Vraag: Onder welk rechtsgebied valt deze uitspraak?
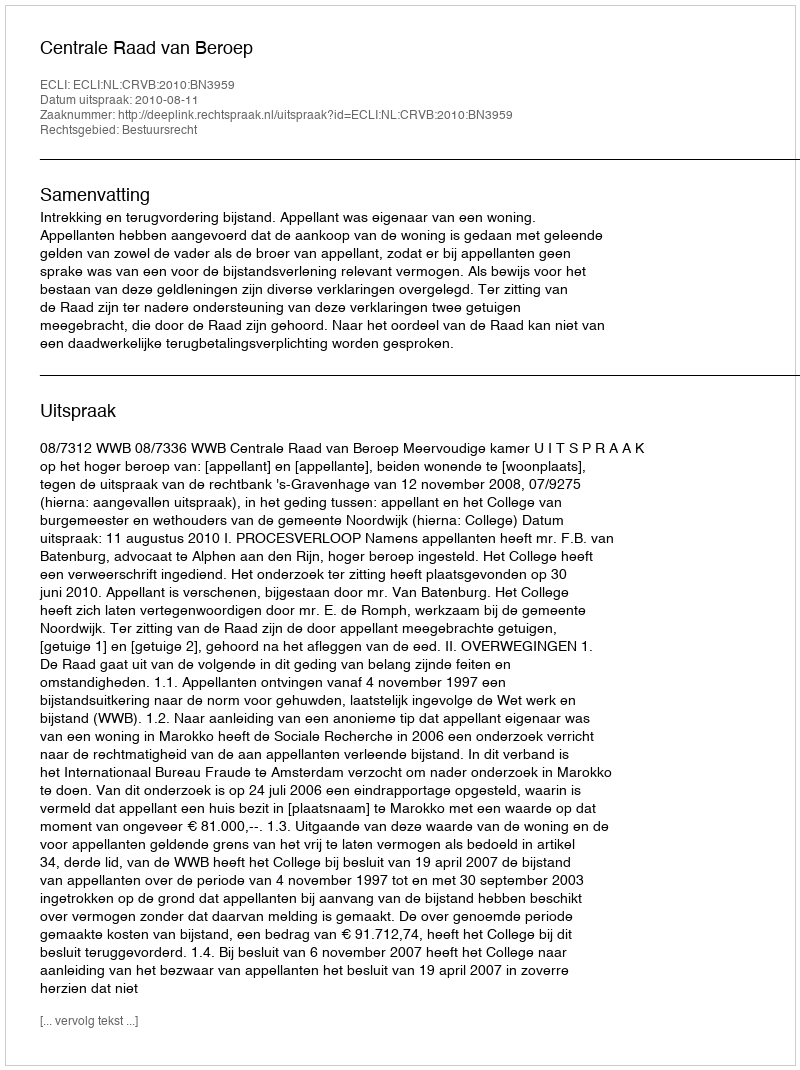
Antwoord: Bestuursrecht